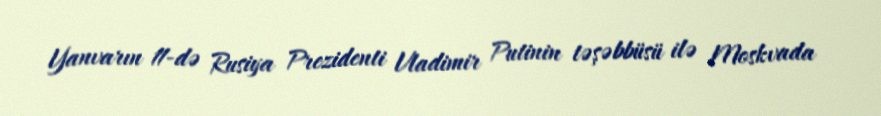
Yanvarın 11-də Rusiya Prezidenti Vladimir Putinin təşəbbüsü ilə Moskvada